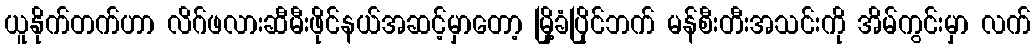
ယူနိုက်တက်ဟာ လိဂ်ဖလားဆီမီးဖိုင်နယ်အဆင့်မှာတော့ မြို့ခံပြိုင်ဘက် မန်စီးတီးအသင်းကို အိမ်ကွင်းမှာ လက်